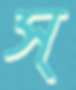
স্